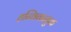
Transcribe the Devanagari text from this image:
हन्विकायुक्त